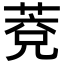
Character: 𦳆